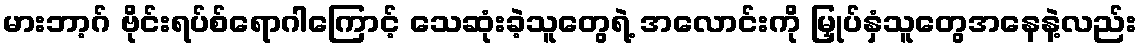
မားဘာ့ဂ် ဗိုင်းရပ်စ်ရောဂါကြောင့် သေဆုံးခဲ့သူတွေရဲ့ အလောင်းကို မြှုပ်နှံသူတွေအနေနဲ့လည်း